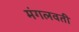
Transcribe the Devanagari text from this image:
मंगलवती